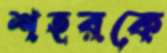
শহরকে